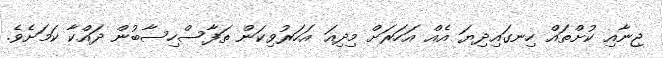
ޖިނާއި ކުށްތައް ހިނގައިދިޔަ އެއް އަހަރަށް މިދިއަ އަހަރުވިކަން ތަފާސްހިސާބުން ދައްކާ ކަމަށެވެ.